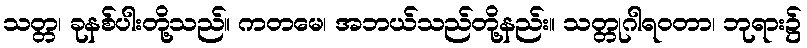
သတ္တ၊ ခုနစ်ပါးတို့သည်။ ကတမေ၊ အဘယ်သည်တို့နည်း။ သတ္တုဂါရဝတာ၊ ဘုရား၌